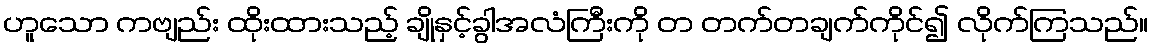
ဟူသော ကဗျည်း ထိုးထားသည့် ချိုနှင့်ခွါအလံကြီးကို တ တက်တချက်ကိုင်၍ လိုက်ကြသည်။